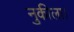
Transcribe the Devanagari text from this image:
नुकीला।